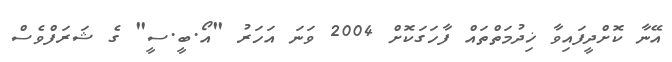
އޭނާ ކޮށްދީފައިވާ ޚިދުމަތްތައް ފާހަގަކޮށް 2004 ވަނަ އަހަރު "އޯ.ބީ.ސީ" ގެ ޝަރަފްވެސް